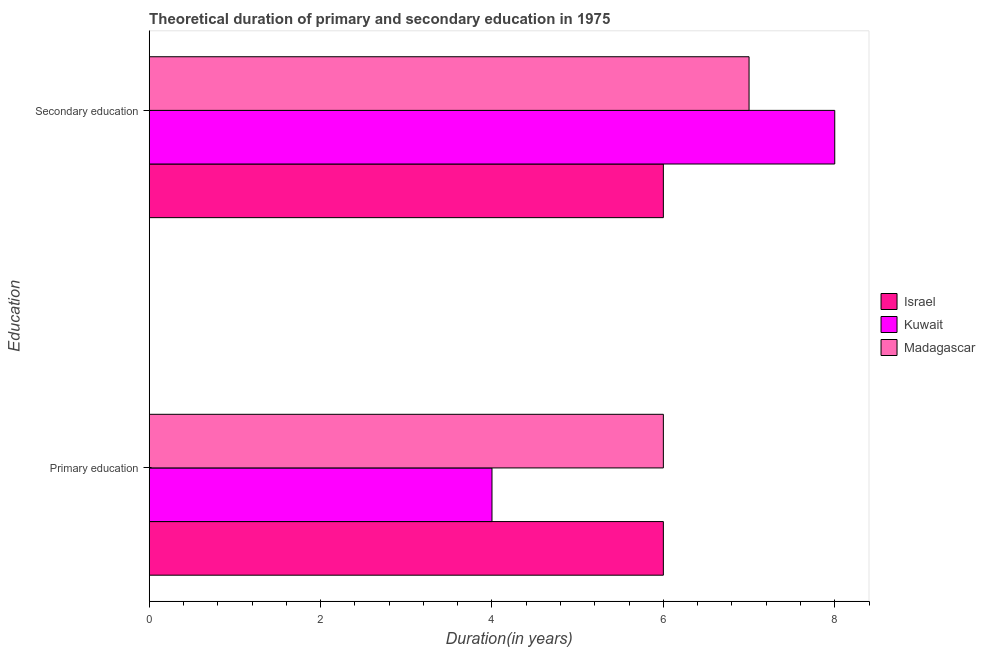
| Education | Israel | Kuwait | Madagascar |
 | --- | --- | --- | --- |
 | Primary education | 6 | 4 | 6 |
 | Secondary education | 6 | 8 | 7 |